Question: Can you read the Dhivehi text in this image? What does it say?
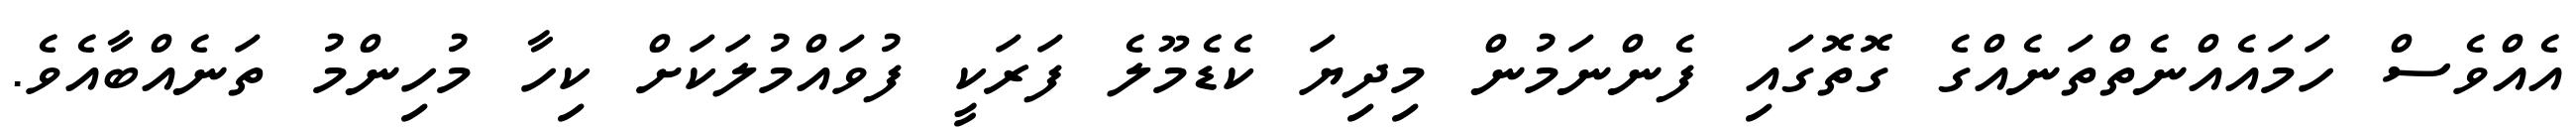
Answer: އެއްވެސް ހަމައެއްނެތްތަނެއްގެ ގޮތޮގައި ފެންނަމުން މިދިޔަ ކެޑެމޫލެ ފަރަކީ ފުވައްމުލަކަށް ކިހާ މުހިންމު ތަނެއްބާއެވެ.